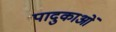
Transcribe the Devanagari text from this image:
पादुकाओं